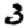
Digit: 3